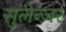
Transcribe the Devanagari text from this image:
सुलेन्जर